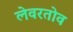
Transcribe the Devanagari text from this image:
लेवरतोव